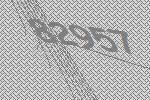
82957